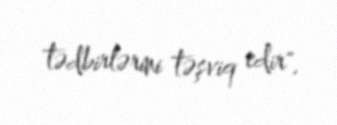
tədbirlərini təşviq edir".